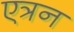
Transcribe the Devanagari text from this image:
एत्रन